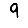
Digit: 9